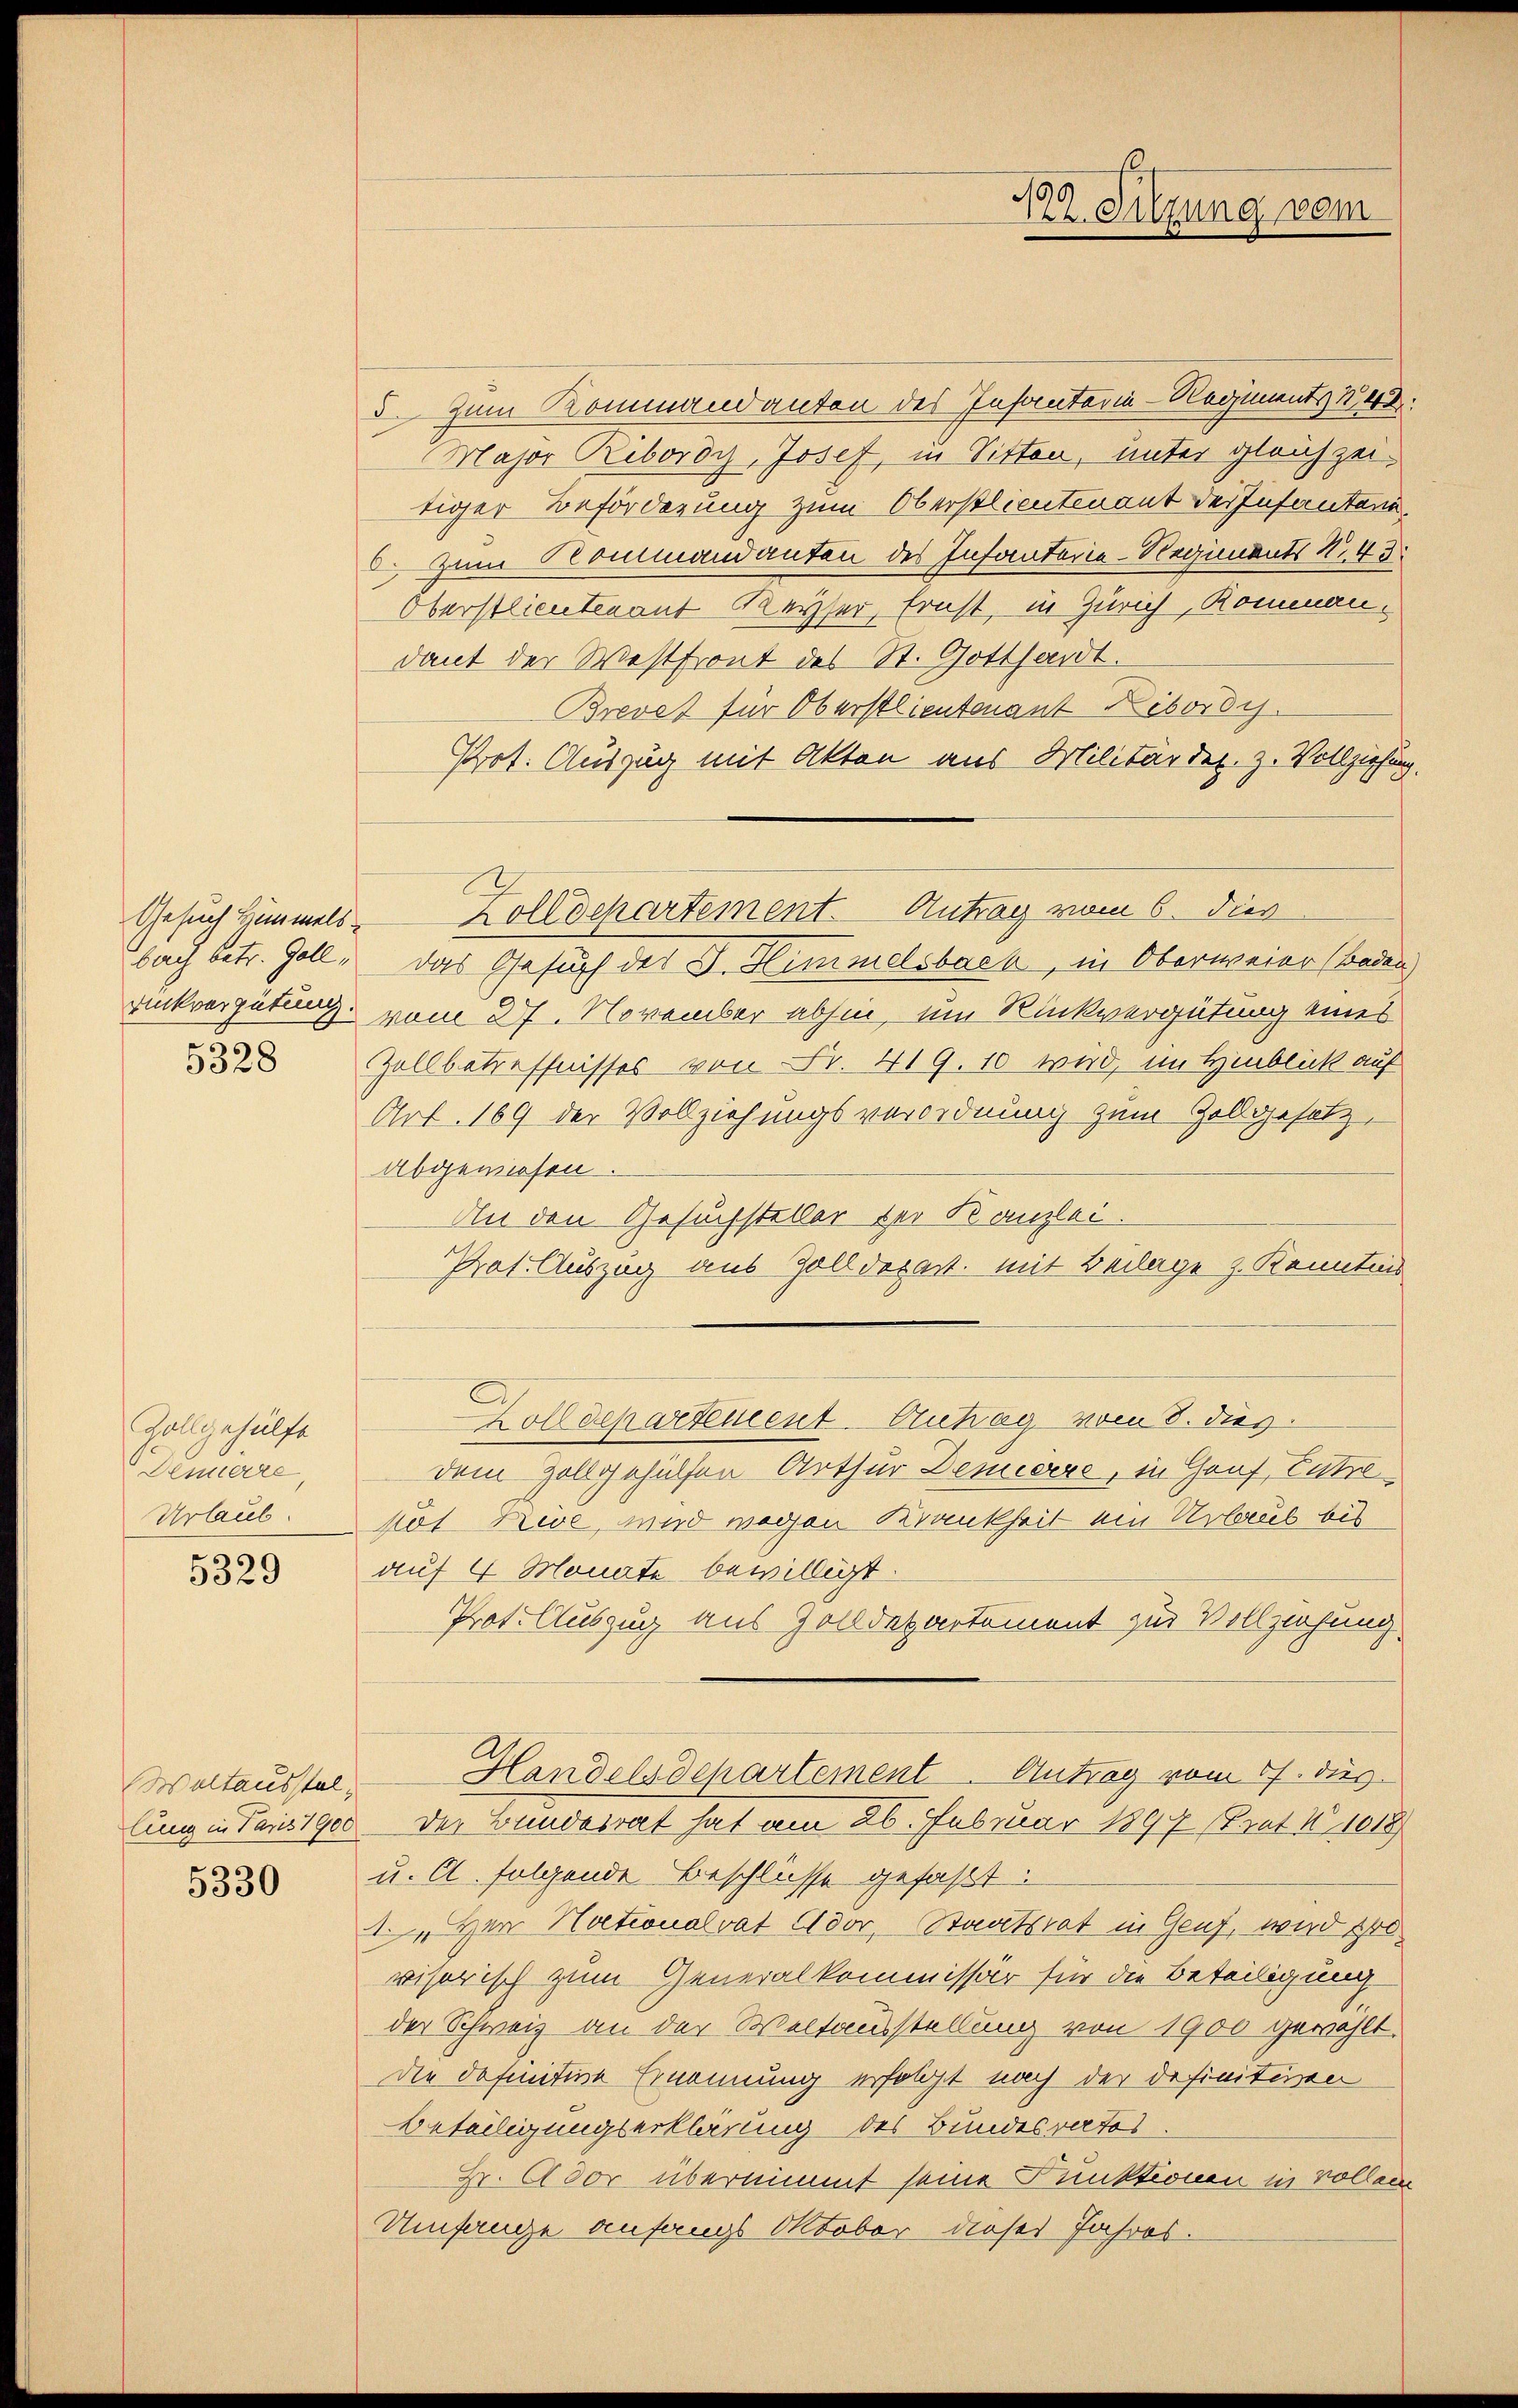
Gesuch Himmelsbach betr. Goll,
5328

Vollgehülft
Denierre,
Urlaub.

5329

Waltausstel

5330

5. Zum Kommandanten des Infantaria-Nediments n 42.
Major Rebordy, Josef, in Sitten, unter gleichzeitiger Beförderung zum Oberstlieutenant der Insantanie,
2. Zum Kommandanten des Infanterie-Regiments S. 45:
Oberstlieutenant Keyser, Ernst, in Zürich, Romenandant der Westfront des St. Gotthardt.
Brevet für Oberstlieutenant Ribordi
Prot. Auszug mit Akten aus Militärder. Z. Vollziehung.
das Gesuch der D. Himmelsbach, in Oberweier (beden)
rückvergütung vom 27. November abhin, um Rückvergütung eines
Zollbetreffnisses von Fr. 419. 10 wird, im Hinblick auf
Art. 169 der Vollziehungsverordnung zum Zollgesetzabgewiesen.
An den Gesuchsteller der Kanzlei.
Prot. Auszug aus Zolldepart. Mit Beilage z. Kenntnis
Zolldepartement. Antrag vom 8. dies
dem Zollgehülfen Arthur Deniere, in Graf, Entrekos Nive, wird wegen Krankheit ein Urlaub bis
auf 4 Monate bewilligt.
Prot. Auszug aus Zolldepartement zur Vollziehung.
Handelsdepartement Antrag vom 17. dus.
lung in Paris 1900 der Bundesrat hat am 26. Februar 1897 (Trat I 1018)
u. Cl. folgende Beschlüsse gefaßt:
1. Herr Nationalvat Ador, Staatsrat in Genf, wird 10
visorisch zum Generalkommissär für die Beteiligung
der Schweiz an der Weltausstellung von 1900 gewählt.
die definitive Ernennung erfolgt nach der definitiven
Beteiligungserklärung des Bundesrates.
Hr. Avor übernimmt seine Funktionen in vollen
Umfange anfangs Oktober dieses Jahres.

Zolldchartement. Antrag vom 6. dies

192. Sitzung vom